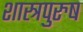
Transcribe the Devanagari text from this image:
शास्त्रपुरुष